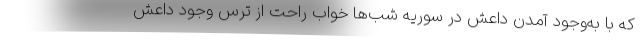
که با به‌وجود آمدن داعش در سوریه شب‌ها خواب راحت از ترس وجود داعش